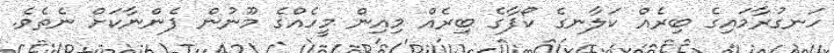
ހަނގުރާމައިގެ ބިރެއް ކަލާނގެ ކޯފާގެ ބިރެއް މިއިން މީހެއްގެ މޫނުން ފެންނާކަށް ނެތެވެ.